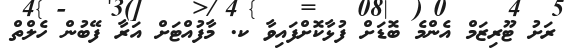
ރަށު ޓޫރިޒަމް އެންމެ ބޮޑަށް ފުޅާކޮށްފައިވާ ކ. މާފުއްޓަށް އަރާ ފޭބުން ހެލްތް